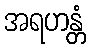
အရဟန္တံ